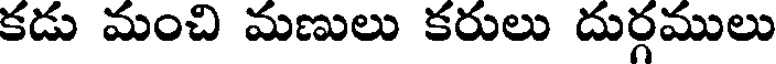
కడు మంచి మణులు కరులు దుర్గములు